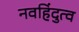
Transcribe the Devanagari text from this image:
नवहिंदुत्व